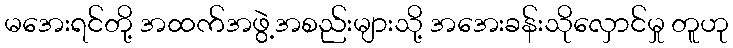
မအေးရင်တို့ အထက်အဖွဲ့အစည်းများသို့ အအေးခန်းသိုလှောင်မှု တူဟု